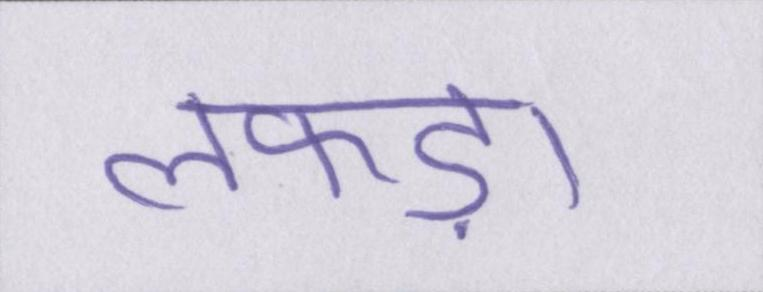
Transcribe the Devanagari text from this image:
लफड़ा